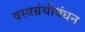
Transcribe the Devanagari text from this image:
वस्त्रग्रंथीबंधन